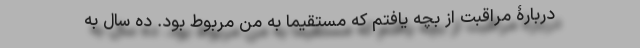
دربارۀ مراقبت از بچه یافتم که مستقیماً به من مربوط بود. ده سال به